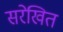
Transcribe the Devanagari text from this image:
सरेखित